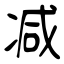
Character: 减